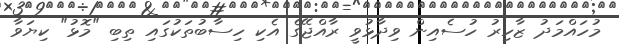
މުހައްމަދު ޒާހިރު ހުސެއިން ވިދާޅުވީ ރާއްޖޭގެ އެކި ހިސާބުތަކުގައި ތިބި "މޮޅު" ކިޔަވާ